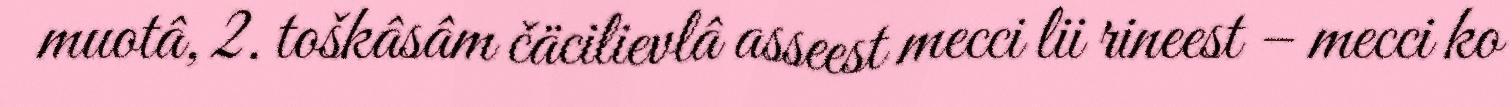
muotâ, 2. toškâsâm čäcilievlâ asseest mecci lii rineest – mecci ko